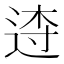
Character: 𨓣